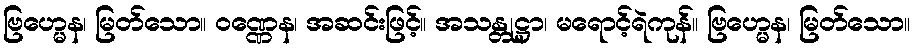
ဗြဟ္မေန၊ မြတ်သော။ ဝဏ္ဏေန၊ အဆင်းဖြင့်။ အသန္တုဋ္ဌာ၊ မရောင့်ရဲကုန်။ ဗြဟ္မေန၊ မြတ်သော။